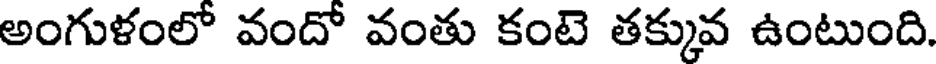
అంగుళంలో వందో వంతు కంటె తక్కువ ఉంటుంది.